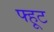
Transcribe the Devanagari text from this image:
फ्हूट